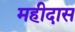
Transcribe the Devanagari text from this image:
महीदास